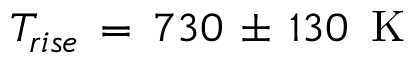
T _ { r i s e } \, = \, 7 3 0 \, \pm \, 1 3 0 \, \mathrm { ~ K ~ }